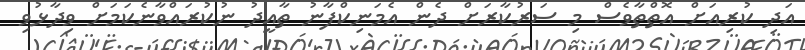
އަދި ކުރިއަށް އޮތްތާވެސް މި ސަރުކާރަށް ދެން އެމަނިކްފާނު ތާއީދު ނުކުރައްވާނެކަމަށް ވިދާޅުވި